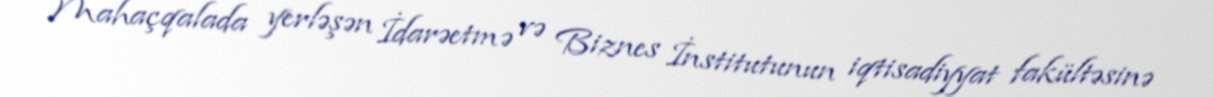
Mahaçqalada yerləşən İdarəetmə və Biznes İnstitutunun iqtisadiyyat fakültəsinə